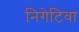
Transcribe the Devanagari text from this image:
निगेटिवा